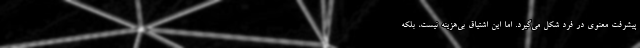
پیشرفت معنوی در فرد شکل می‌گیرد. اما این اشتیاق بی‌هزینه نیست، بلکه